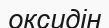
оксидін